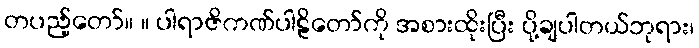
တပည့်တော်။ ။ ပါရာဇိကဏ်ပါဠိတော်ကို အစားထိုးပြီး ပို့ချပါတယ်ဘုရား၊